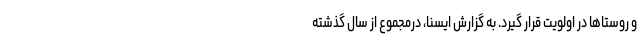
و روستاها در اولویت قرار گیرد. به گزارش ایسنا، درمجموع از سال گذشته